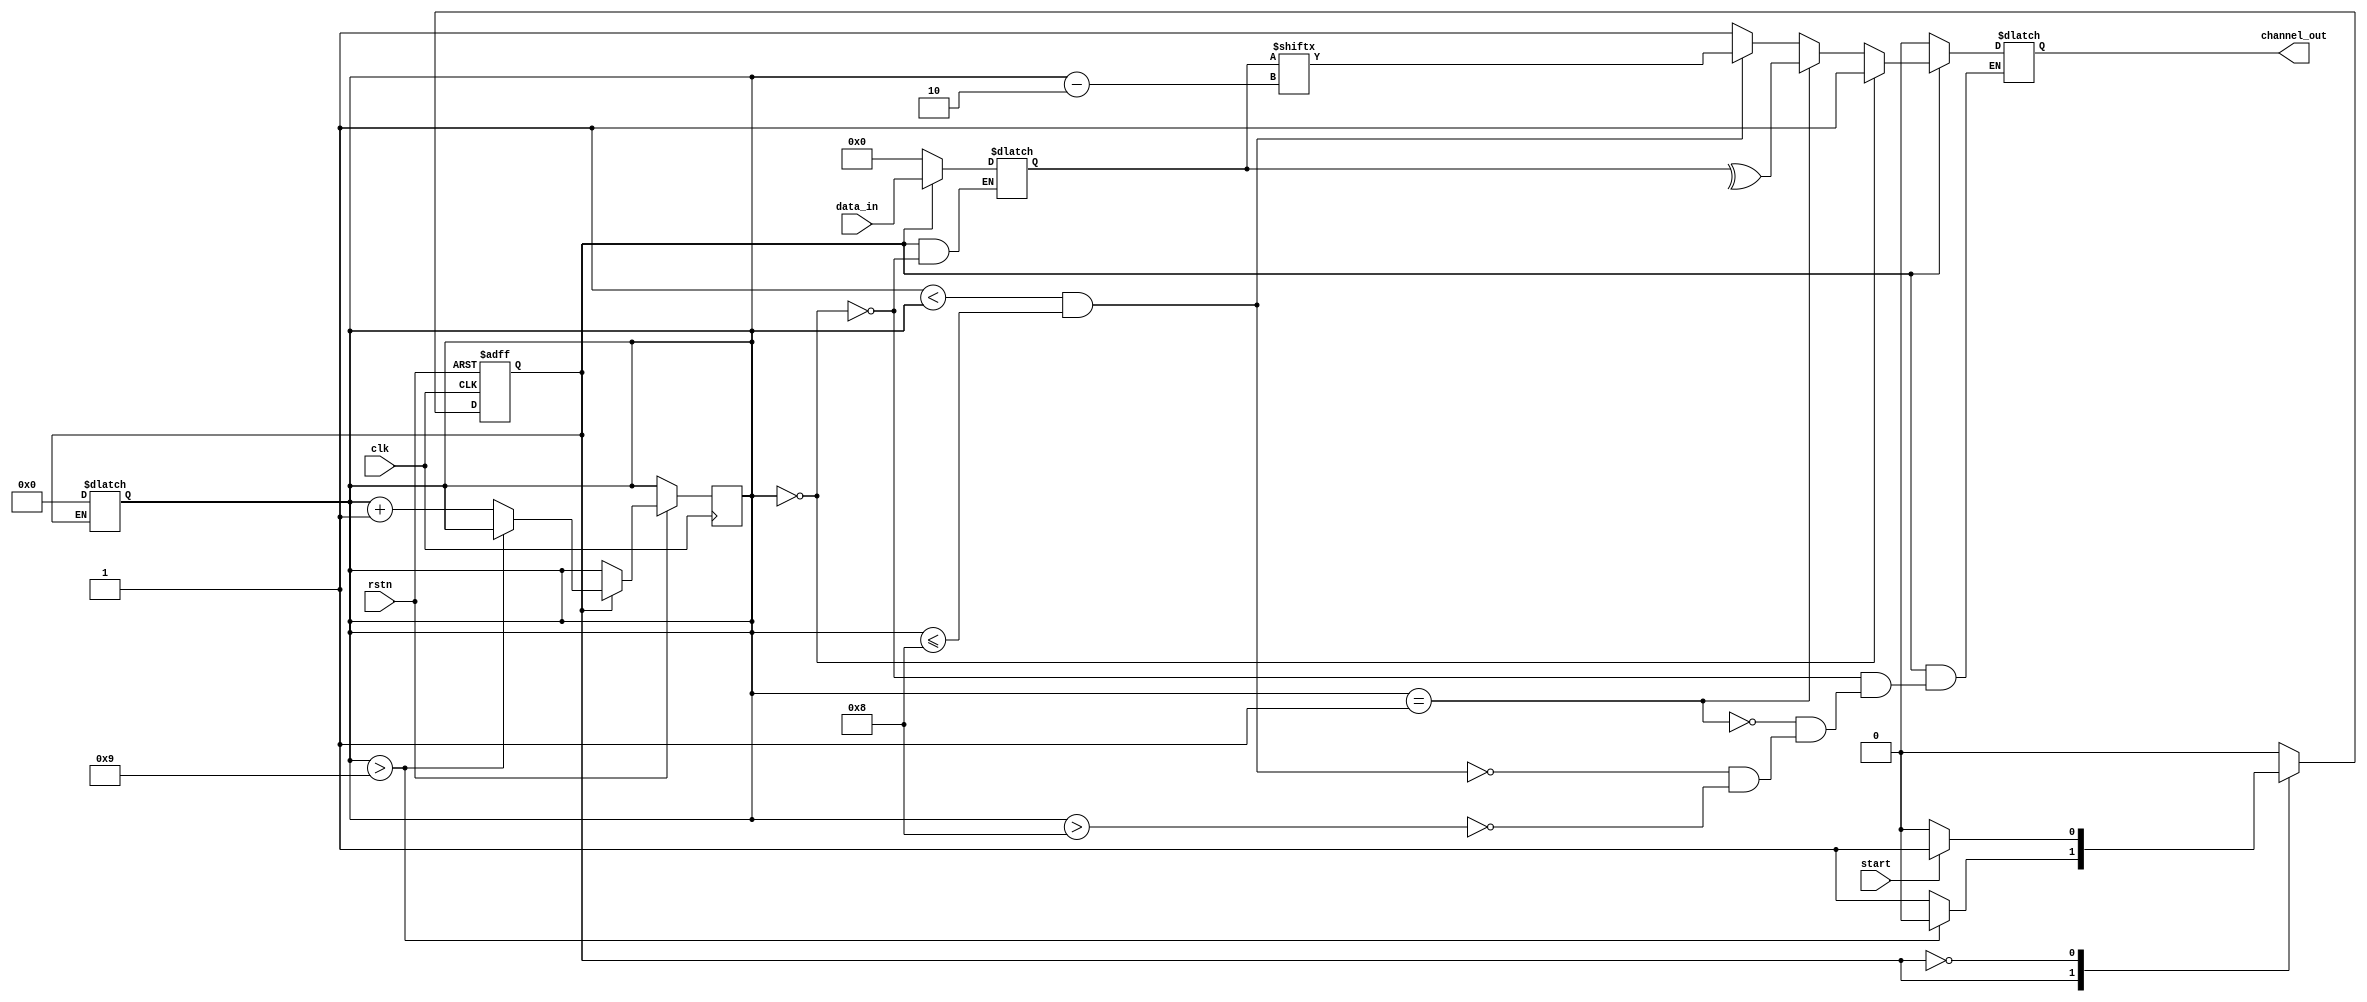
`define RST 1'b0
`define SEND 1'b1

module TX (clk,
           rstn,
           start,
           data_in,
           channel_out);
    
    parameter BIT_LEN = 7;
    
    input clk, rstn, start;
    input [BIT_LEN - 1:0] data_in;
    output reg channel_out;
    
    reg state;
    reg [BIT_LEN - 1:0] buffer;
    reg [$clog2(BIT_LEN + 1 + 1 + 1):0] send_idx;
    
    always @(posedge clk or negedge rstn) begin
        if (!rstn) begin
            state <= `RST;
        end
        else begin
            case (state)
                `SEND:
                begin
                    if (send_idx > BIT_LEN + 2) begin
                        state <= `RST;
                    end
                    else begin
                        send_idx <= send_idx + 1;
                    end
                end
                `RST:
                begin
                    if (start) begin
                        state <= `SEND;
                    end
                end
            endcase
        end
    end
    
    always @(state or send_idx) begin
        case (state)
            `SEND:
            begin
                if (send_idx == 0) begin
                    buffer      <= data_in;
                    channel_out <= 1;
                end
                else if (send_idx == 1) begin
                    channel_out <= ^buffer;
                end
                else if (1 < send_idx && send_idx <= BIT_LEN + 1) begin
                    channel_out <= buffer[send_idx - 2];
                end
                else if (send_idx > BIT_LEN + 1) begin
                    channel_out <= 1;
                end
            end
            `RST:
            begin
                buffer      <= 0;
                send_idx    <= 0;
                channel_out <= 0;
            end
        endcase
    end
    
endmodule